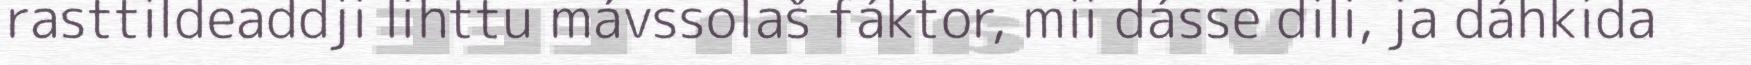
rasttildeaddji lihttu mávssolaš fáktor, mii dásse dili, ja dáhkida